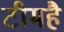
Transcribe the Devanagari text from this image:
टीमहै